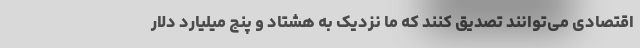
اقتصادی می‌توانند تصدیق کنند که ما نزدیک به هشتاد و پنج میلیارد دلار